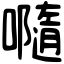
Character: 𡃴